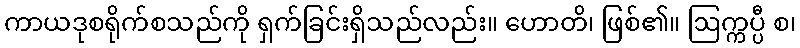
ကာယဒုစရိုက်စသည်ကို ရှက်ခြင်းရှိသည်လည်း။ ဟောတိ၊ ဖြစ်၏။ ဩက္ကပ္ပီ စ၊